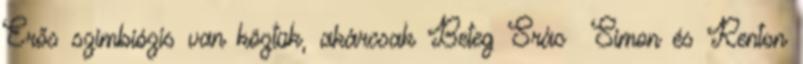
Erős szimbiózis van köztük, akárcsak Beteg Srác Simon és Renton